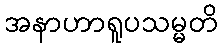
အနာဟာရူပသမ္မတိ